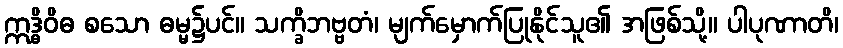
ဣဒ္ဓိဝိဓ စသော ဓမ္မ၌ပင်။ သက္ခိဘဗ္ဗတံ၊ မျက်မှောက်ပြုနိုင်သူ၏ အဖြစ်သို့။ ပါပုဏာတိ၊